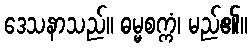
ဒေသနာသည်။ ဓမ္မစက္ကံ၊ မည်၏။